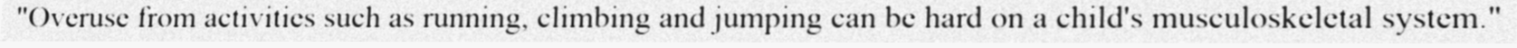
"Overuse from activities such as running, climbing and jumping can be hard on a child's musculoskeletal system."